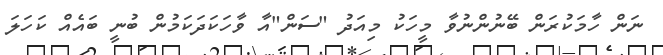
ނަން ހާމަކުރަން ބޭނުންނުވާ މީހަކު މިއަދު "ސަން"އާ ވާހަކަދަކަމުން ބުނީ ބައެއް ކަހަލަ